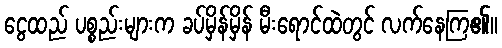
ငွေထည် ပစ္စည်းများက ခပ်မှိန်မှိန် မီးရောင်ထဲတွင် လက်နေကြ၏။